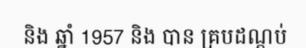
និង ឆ្នាំ 1957 និង បាន គ្របដណ្តប់